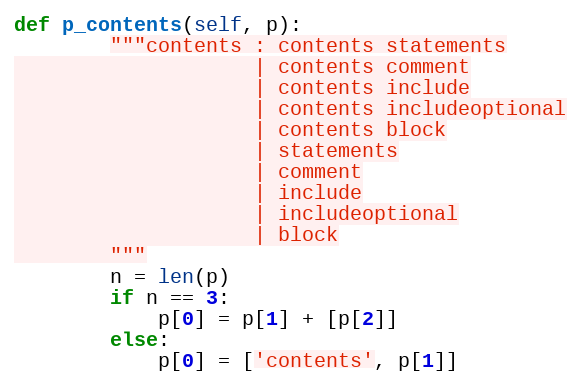
Language: Python
def p_contents(self, p):
        """contents : contents statements
                    | contents comment
                    | contents include
                    | contents includeoptional
                    | contents block
                    | statements
                    | comment
                    | include
                    | includeoptional
                    | block
        """
        n = len(p)
        if n == 3:
            p[0] = p[1] + [p[2]]
        else:
            p[0] = ['contents', p[1]]